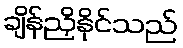
ချိန်ညှိနိုင်သည်